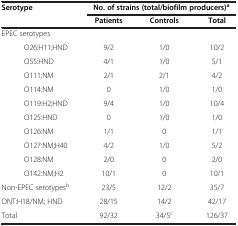
<table><thead><tr><td colspan="2"><b>Serotype</b></td><td colspan="3"><b>No. of strains (total/biofilm producers)<sup>a</sup></b></td></tr><tr><td colspan="2"><b> </b></td><td><b>Patients</b></td><td><b>Controls</b></td><td><b>Total</b></td></tr></thead><tbody><tr><td colspan="2">EPEC serotypes</td><td> </td><td> </td><td> </td></tr><tr><td> </td><td>O26:H11;HND</td><td>9/2</td><td>1/0</td><td>10/2</td></tr><tr><td> </td><td>O55:HND</td><td>4/1</td><td>1/0</td><td>5/1</td></tr><tr><td> </td><td>O111:NM</td><td>2/1</td><td>2/1</td><td>4/2</td></tr><tr><td> </td><td>O114:NM</td><td>0</td><td>1/0</td><td>1/0</td></tr><tr><td> </td><td>O119:H2;HND</td><td>9/4</td><td>1/0</td><td>10/4</td></tr><tr><td> </td><td>O125:HND</td><td>0</td><td>1/0</td><td>1/0</td></tr><tr><td> </td><td>O126:NM</td><td>1/1</td><td>0</td><td>1/1</td></tr><tr><td> </td><td>O127:NM;H40</td><td>4/2</td><td>1/0</td><td>5/2</td></tr><tr><td> </td><td>O128:NM</td><td>2/0</td><td>0</td><td>2/0</td></tr><tr><td> </td><td>O142:NM;H2</td><td>10/1</td><td>0</td><td>10/1</td></tr><tr><td colspan="2">Non-EPEC serotypes<sup>b</sup></td><td>23/5</td><td>12/2</td><td>35/7</td></tr><tr><td colspan="2">ONT:H18/NM; HND</td><td>28/15</td><td>14/2</td><td>42/17</td></tr><tr><td colspan="2">Total</td><td>92/32</td><td>34/5<sup>c</sup></td><td>126/37</td></tr></tbody></table>